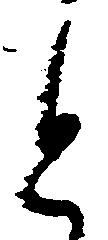
と